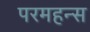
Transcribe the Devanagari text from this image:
परमहन्स